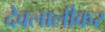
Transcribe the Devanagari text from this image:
देवलालीकर